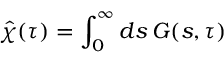
\hat { \chi } ( \tau ) = \int _ { 0 } ^ { \infty } d s \, G ( s , \tau )